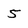
Character: 5